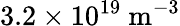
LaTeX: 3.2\times 10^{19}~\mathrm{m}^{-3}